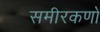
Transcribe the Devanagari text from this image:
समीरकणों